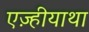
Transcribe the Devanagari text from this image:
एज़्हीयाथा